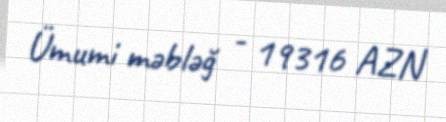
Ümumi məbləğ - 19316 AZN